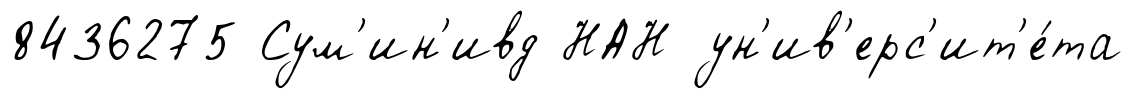
8436275 Сум'ин'ивд НАН ун'ив'ерс'ит'е́та